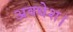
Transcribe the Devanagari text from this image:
अवधेश।